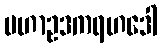
မဟာဥဒကရဟဒေါ